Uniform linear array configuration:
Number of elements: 4
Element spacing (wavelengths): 0.25
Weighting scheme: exponential
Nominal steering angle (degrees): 60
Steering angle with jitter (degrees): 58.652
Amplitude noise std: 0.05
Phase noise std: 0.05

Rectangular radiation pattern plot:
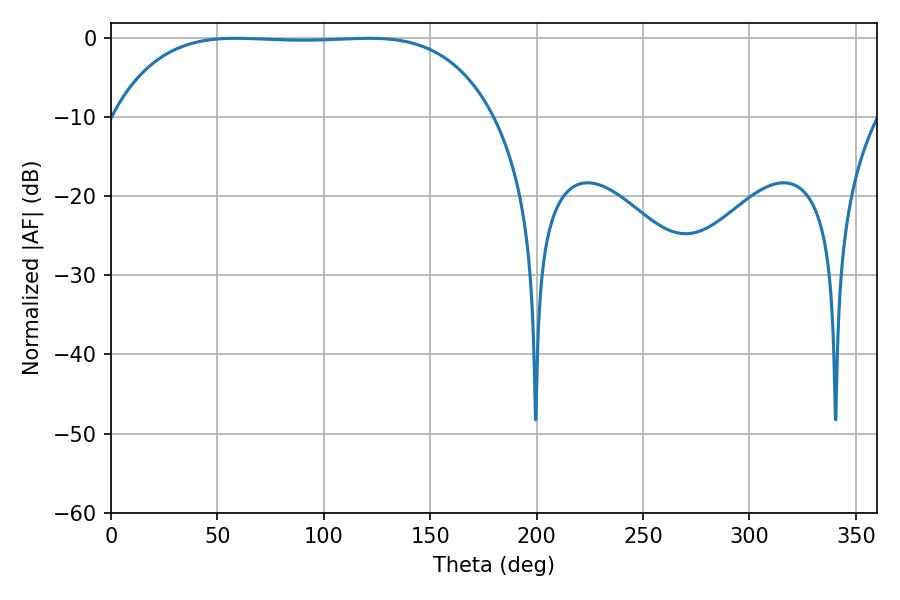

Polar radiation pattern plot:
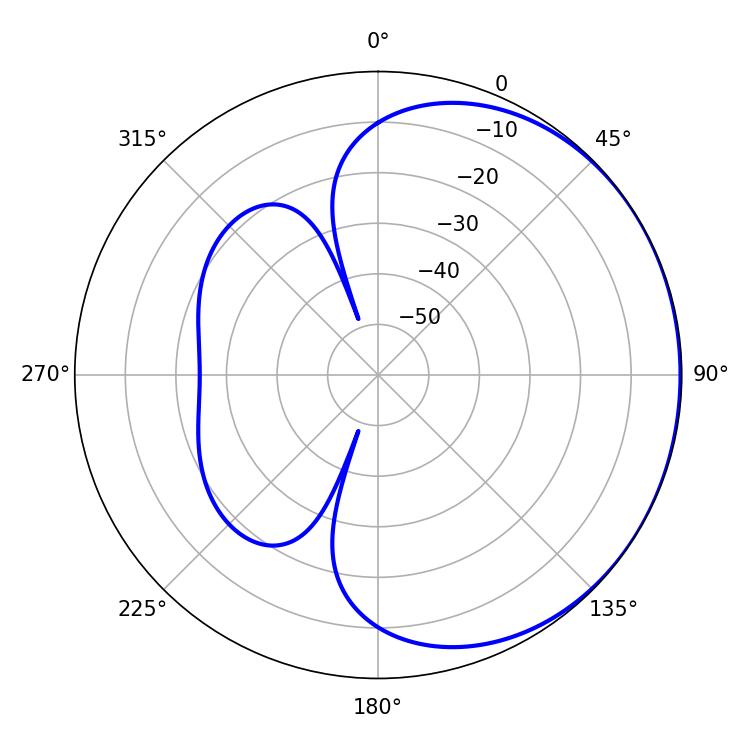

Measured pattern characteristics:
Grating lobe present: FALSE
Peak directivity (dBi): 0.5438
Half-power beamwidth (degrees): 138.96
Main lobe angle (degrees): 58.68